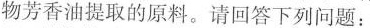
物芳香油提取的原料。请回答下列问题：